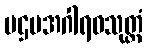
ပဌမအဂါရဝသုတ္တံ